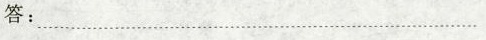
答：……